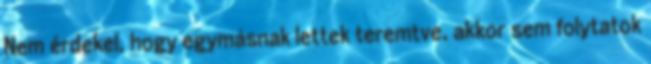
Nem érdekel, hogy egymásnak lettek teremtve, akkor sem folytatok